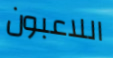
اللاعبون